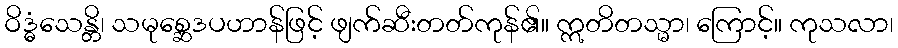
ဝိဒ္ဓံသေန္တိ၊ သမုစ္ဆေဒပဟာန်ဖြင့် ဖျက်ဆီးတတ်ကုန်၏။ ဣတိတသ္မာ၊ ကြောင့်။ ကုသလာ၊